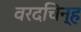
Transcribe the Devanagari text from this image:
वरदचिन्ह